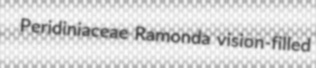
Peridiniaceae Ramonda vision-filled